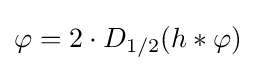
\varphi =2\cdot D_{1/2}(h*\varphi )